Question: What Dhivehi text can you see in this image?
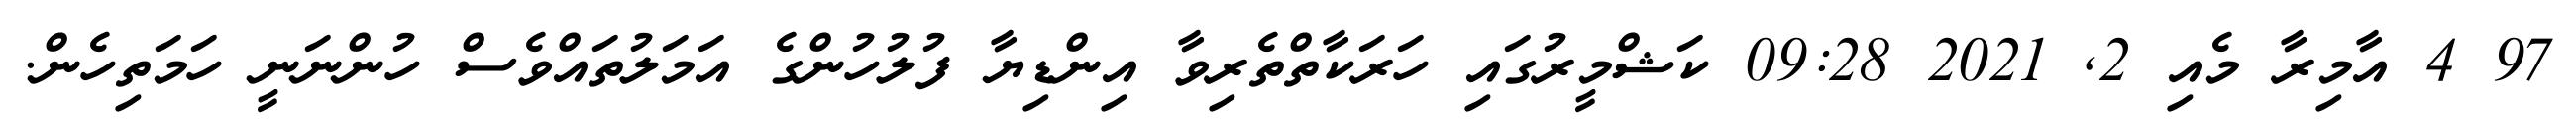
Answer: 97 4 އާމިރާ މެއި 2, 2021 09:28 ކަޝްމީރުގައި ހަރަކާތްތެރިވާ އިންޑިޔާ ފުލުހުންގެ އަމަލުތައްވެސް ހުންނަނީ ހަމަތިހެން.